Calcutta medical institutions reports 1879-81 [i.e.91]
Year: 1879
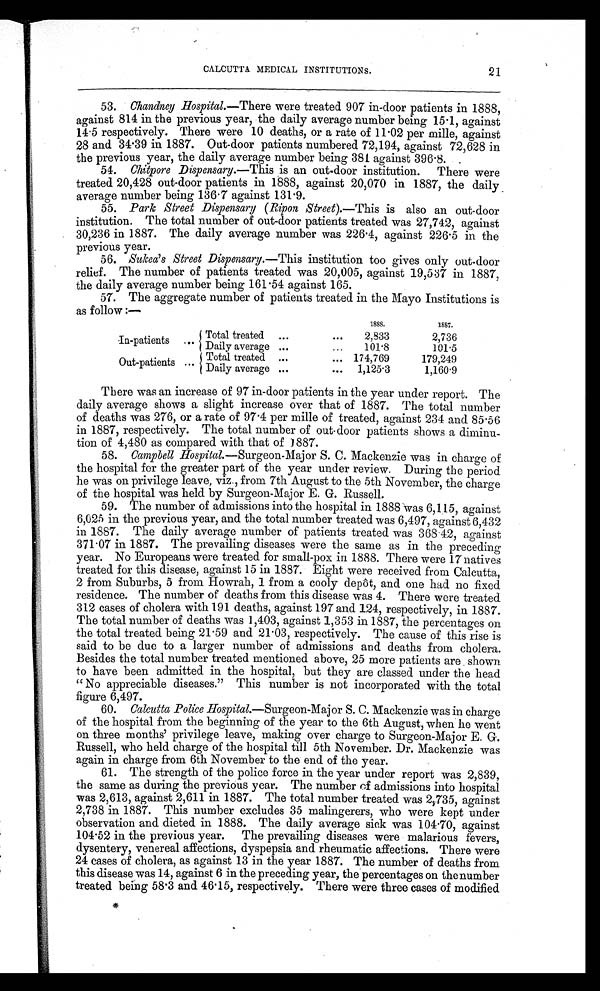
CALCUTTA MEDICAL INSTITUTIONS.
53. Chandney Hospital.—There were treated 907 in-door patients in 1888,
against 814 in the previous year, the daily average number being 15.1, against
14.5 respectively. There were 10 deaths, or a rate of 11.02 per mille, against
2 8 a n d 3 4 . 3 9 i n 1 8 8 7 . Ou t - d o o r p a t i e n t s n u mb e r e d 7 2 , 1 9 4 , a g a i n s t 7 2 , 6 2 8 i n
the previous year, the daily average number being 381 against 396.8.
54. Chitpore Dispensary.— This is an out-door institution. There were
treated 20,428 out-door patients in 1888, against 20,070 in 1887, the daily
average number being 136.7 against 131.9.
55. Park Street Dispensary (Ripon Street).—This is also an out-door
institution. The total number of out-door patients treated was 27,742, against
30,236 in 1887. The daily average number was 226.4, against 226.5 in the
previous year.
56. Sukea's Street Dispensary.— This institution too gives only out-door
relief. The number of patients treated was 20,005, against 19,537 in 1887,
the daily average number being 161.54 against 165.
57. The aggregate number of patients treated in the Mayo Institutions is
as follow:—
1888.
1887.
In-patients ... Total treated ...
...
2,833
2,736
Daily average ...
...
101.8
101.5
Out-patients ... Total treated ...
... 174,769
179,249
Daily average ...
... 1,125. 3
1,160.9
There was an increase of 97 in-door patients in the year under report. The
daily average shows a slight increase over that of 1887. The total number
of deaths was 276, or a rate of 97.4 per mille of treated, against 234 and 85.56
in 1887, respectively. The total number of out-door patients shows a diminu
-tion of 4,480 as compared with that of 1887.
58. Campbell Hospital.—Surgeon-Major S. C. Mackenzie was in charge of
the hospital for the greater part of the year under review. During the period
he was on privilege leave, viz., from 7th August to the 5th November, the charge
of the hospital was held by Surgeon-Major E. G. Russell.
59. The number of admissions into the hospital in 1888 was 6,115, against
6,025 in the previous year, and the total number treated was 6,497, against 6,432
in 1887. The daily average number of patients treated was 368.42, against
371.07 in 1887. The prevailing diseases were the same as in the preceding
year. No Europeans were treated for small-pox in 1888. There were 17 natives
treated for this disease, against 15 in 1887. Eight were received from Calcutta,
2 from Suburbs, 5 from Howrah, 1 from a cooly depôt, and one had no fixed
residence. The number of deaths from this disease was 4. There were treated
312 cases of cholera with 191 deaths, against 197 and 124, respectively, in 1887.
The total number of deaths was 1,403, against 1,353 in 1887, the percentages on
the total treated being 21.59 and 21.03, respectively. The cause of this rise is
said to be due to a larger number of admissions and deaths from cholera.
Besides the total number treated mentioned above, 25 more patients are shown
to have been admitted in the hospital, but they are classed under the head
"No appreciable diseases." This number is not incorporated with the total
figure 6,497.
60. Calcutta Police Hospital.—Surgeon-Major S. C. Mackenzie was in charge
of the hospital from the beginning of the year to the 6th August, when he went
on three months' privilege leave, making over charge to Surgeon-Major E. G.
Russell, who held charge of the hospital till 5th November. Dr. Mackenzie was
again in charge from 6th November to the end of the year.
61. The strength of the police force in the year under report was 2,839,
the same as during the previous year. The number of admissions into hospital
was 2,613, against 2,611 in 1887. The total number treated was 2,735, against
2,738 in 1887. This number excludes 35 malingerers, who were kept under
observation and dieted in 1888. The daily average sick was 104.70, against
104.52 in the previous year. The prevailing diseases were malarious fevers,
dysentery, venereal affections, dyspepsia and rheumatic affections. There were
24 cases of cholera, as against 13 in the year 1887. The number of deaths from
this disease was 14, against 6 in the preceding year, the percentages on the number
treated being 58.3 and 46.15, respectively. There were three cases of modified
21